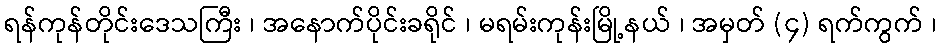
ရန်ကုန်တိုင်းဒေသကြီး ၊ အနောက်ပိုင်းခရိုင် ၊ မရမ်းကုန်းမြို့နယ် ၊ အမှတ် (၄) ရက်ကွက် ၊